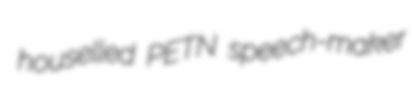
houselled PETN speech-maker